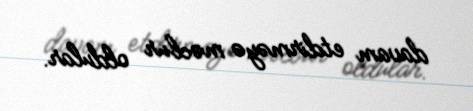
davam etdirməyə məcbur oldular.